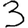
Digit: 3